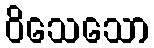
ဝိသေသော